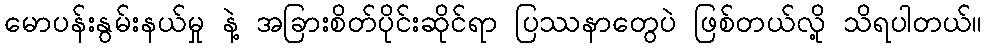
မောပန်းနွမ်းနယ်မှု နဲ့ အခြားစိတ်ပိုင်းဆိုင်ရာ ပြဿနာတွေပဲ ဖြစ်တယ်လို့ သိရပါတယ်။